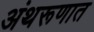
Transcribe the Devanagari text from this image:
अंथरूणात